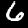
Label: 6